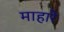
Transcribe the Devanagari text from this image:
माहारे